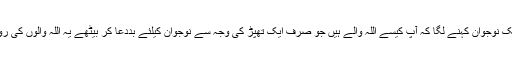
چند منچلے نوجوانوں نے یہ بات سن کرملنگ کو گھیر لیا ایک نوجوان کہنے لگا کہ آپ کیسے اللہ والے ہیں جو صِرف ایک تھپڑ کی وجہ سے نوجوان کیلئے بَددعا کر بیٹھے یہ اللہ والوں کی روِش ہَر گز نہیں کہ ذرا سی تکیلف پر بھی صبر نہ کر سکیں۔